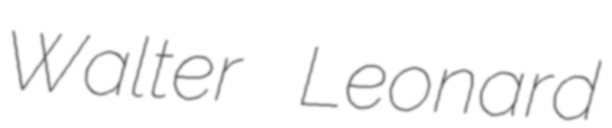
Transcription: Walter Leonard